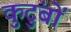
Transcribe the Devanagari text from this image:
कुटुंबों